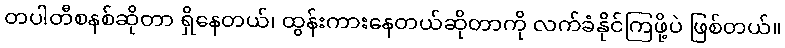
တပါတီစနစ်ဆိုတာ ရှိနေတယ်၊ ထွန်းကားနေတယ်ဆိုတာကို လက်ခံနိုင်ကြဖို့ပဲ ဖြစ်တယ်။